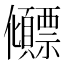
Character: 𫤕